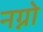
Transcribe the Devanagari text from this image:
नग्नो